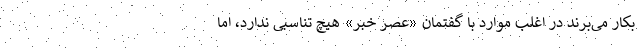
بکار می‌برند در اغلب موارد با گفتمان «عصر خبر» هیچ تناسبی ندارد، اما